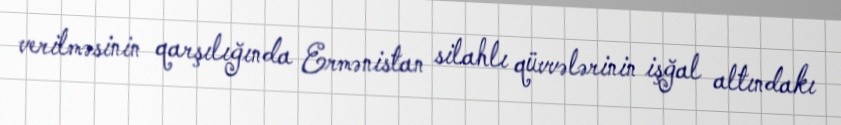
verilməsinin qarşılığında Ermənistan silahlı qüvvələrinin işğal altındakı